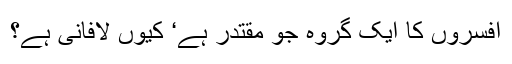
افسروں کا ایک گروہ جو مقتدر ہے‘ کیوں لافانی ہے؟